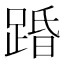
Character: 𮛨